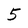
Character: 5